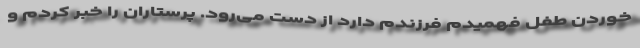
خوردن طفل فهمیدم فرزندم دارد از دست می‌رود. پرستاران را خبر کردم و